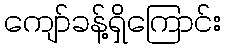
ကျော်ခန့်ရှိကြောင်း